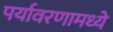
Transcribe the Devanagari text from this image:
पर्यावरणामध्ये